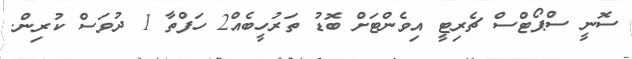
ސޮނީ ސްޕޯޓްސް ޗެރިޓީ އިވެންޓަށް ބޮޑު ތަރުހީބެއް2 ހަފްތާ 1 ދުވަސް ކުރިން.